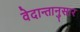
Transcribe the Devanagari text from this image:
वेदान्तानुसार